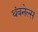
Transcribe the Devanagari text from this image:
थंबनेल्स